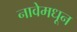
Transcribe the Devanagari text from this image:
नावेमधून